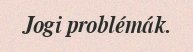
Jogi problémák.